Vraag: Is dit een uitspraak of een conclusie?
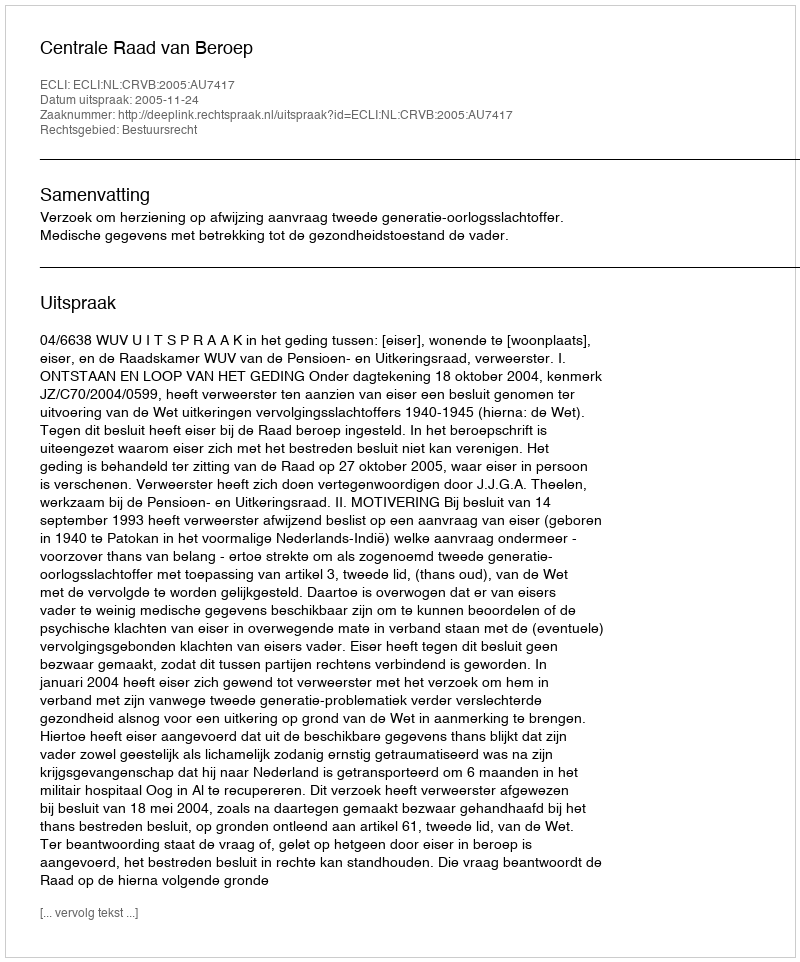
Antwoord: Uitspraak